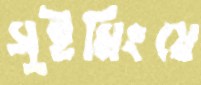
সুইমিংয়ে